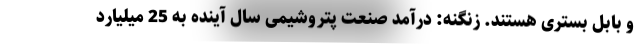
و بابل بستری هستند. زنگنه: درآمد صنعت پتروشیمی سال آینده به 25 میلیارد